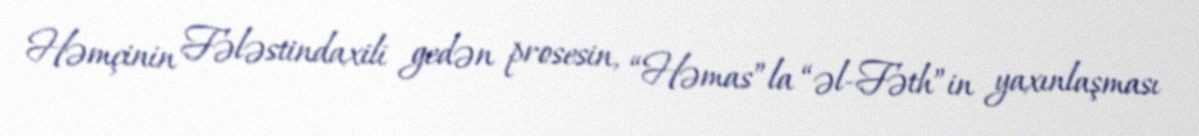
Həmçinin Fələstindaxili gedən prosesin, “Həmas”la “əl-Fəth”in yaxınlaşması